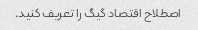
اصطلاح اقتصاد گیگ را تعریف کنید.